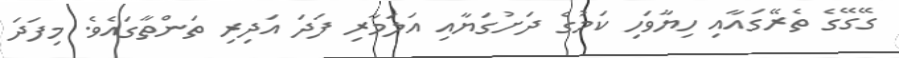
ގޭގޭގެ ތެރޭގައާއި ހިޔާވަހި ކަމުގެ ދަށުގަޔާއި އަލަމާރި ފަދަ އަދިރި ތަންތާގައެވެ. މިފަދަ